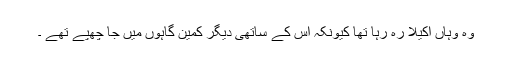
وہ وہاں اکیلا رہ رہا تھا کیونکہ اس کے ساتھی دیگر کمین گاہوں میں جا چھپے تھے ۔